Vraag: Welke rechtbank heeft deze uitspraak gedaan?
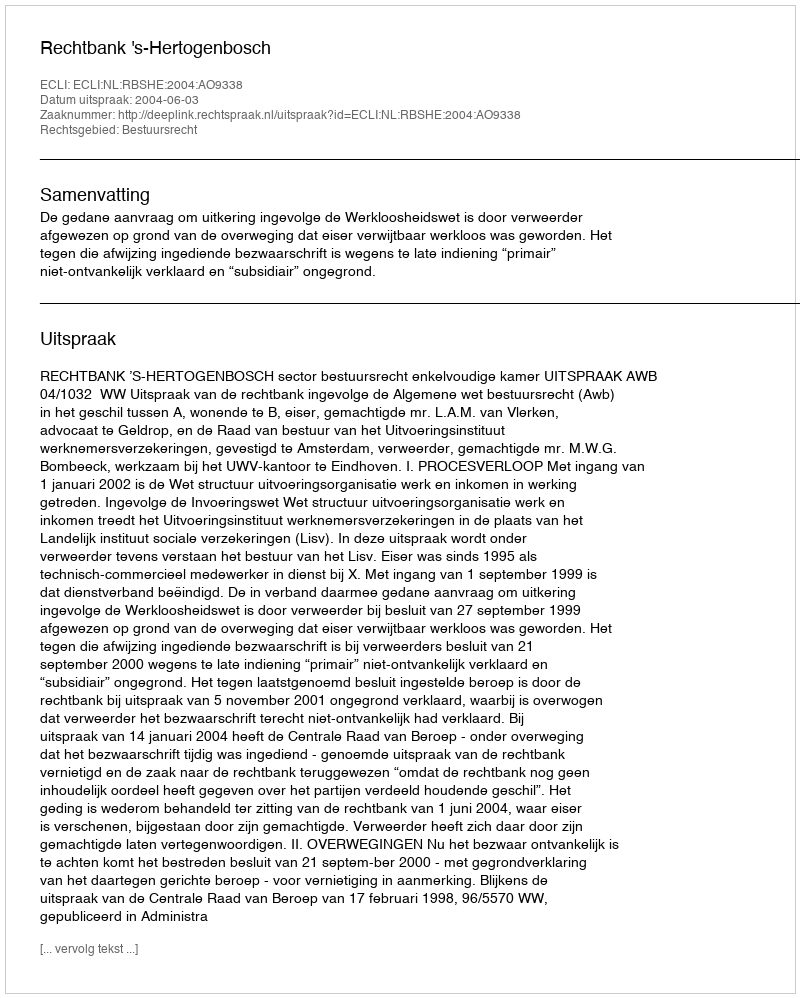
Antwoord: Rechtbank 's-Hertogenbosch